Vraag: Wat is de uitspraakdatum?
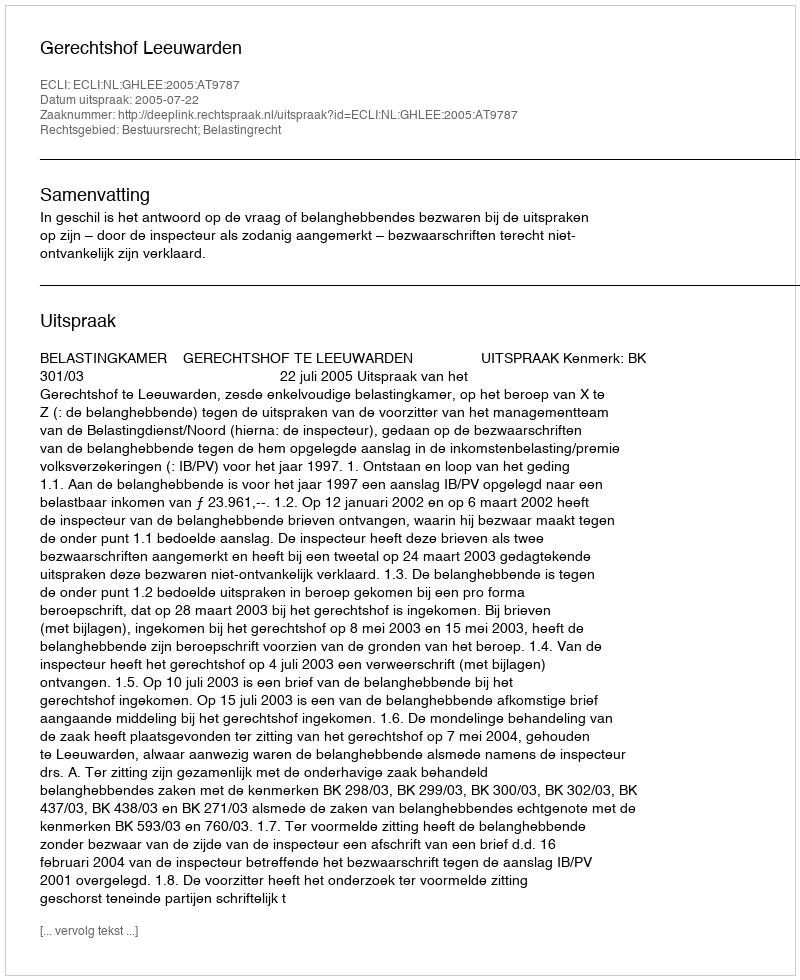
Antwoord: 2005-07-22